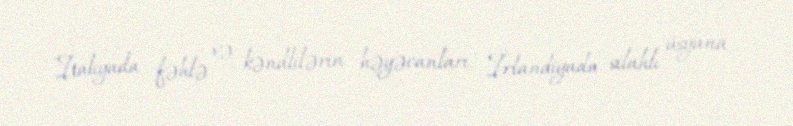
İtaliyada fəhlə və kəndlilərin həyəcanları, İrlandiyada silahlı üsyana